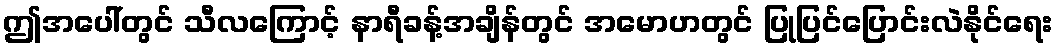
ဤအပေါ်တွင် သီလကြောင့် နာရီခန့်အချိန်တွင် အမောဟတွင် ပြုပြင်ပြောင်းလဲနိုင်ရေး